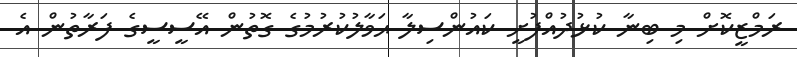
ރަމްޒީކޮށް މި ބިނާ ކުޅުދުއްފުށީ ކައުންސިލާ ޙަވާލުކުރުމުގެ ގޮތުން އޭސީސީގެ ފަރާތުން އެ